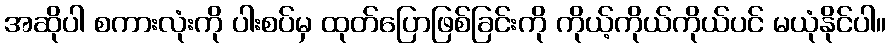
အဆိုပါ စကားလုံးကို ပါးစပ်မှ ထုတ်ပြောဖြစ်ခြင်းကို ကိုယ့်ကိုယ်ကိုယ်ပင် မယုံနိုင်ပါ။